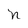
Character: n